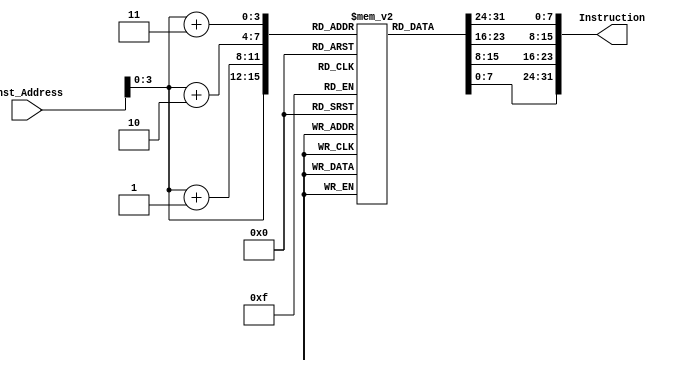
module Instruction_Memory
  (
  input [63:0] Inst_Address,
  output reg [31:0] Instruction
  );
  
  reg [7:0] Inst [15:0];
  initial
  begin
    Inst[0] = 8'b10000011;
    Inst[1] = 8'b00110100;
    Inst[2] = 8'b00000101;
    Inst[3] = 8'b00001111;
    Inst[4] = 8'b10110011;
    Inst[5] = 8'b10000100;
    Inst[6] = 8'b10011010;
    Inst[7] = 8'b00000000;
    Inst[8] = 8'b10010011;
    Inst[9] = 8'b10000100;
    Inst[10] = 8'b00010100;
    Inst[11] = 8'b00000000;
    Inst[12] = 8'b00100011;
    Inst[13] = 8'b00111000;
    Inst[14] = 8'b10010101;
    Inst[15] = 8'b00001110;
  end
  
  always@(Inst_Address)
  begin
    Instruction[7:0] = Inst[Inst_Address];
    Instruction[15:8] = Inst[Inst_Address+1];
    Instruction[23:16] = Inst[Inst_Address+2];
    Instruction[31:24] = Inst[Inst_Address+3];
  end
  
endmodule